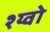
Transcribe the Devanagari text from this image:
श्य्वो